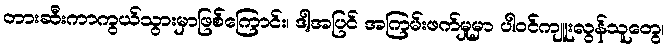
တားဆီးကာကွယ်သွားမှာဖြစ်ကြောင်း၊ ဒါ့အပြင် အကြမ်းဖက်မှုမှာ ပါဝင်ကျူးလွန်သူတွေ၊